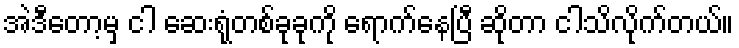
အဲဒီတော့မှ ငါ ဆေးရုံတစ်ခုခုကို ရောက်နေပြီ ဆိုတာ ငါသိလိုက်တယ်။